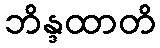
ဘိန္ဒထာတိ